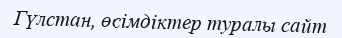
Гүлстан, өсімдіктер туралы сайт